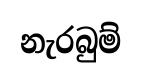
නැරබුම්